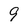
Character: 9